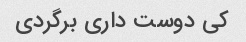
کی دوست داری برگردی